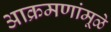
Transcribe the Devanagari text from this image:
आक्रमणांमूळे